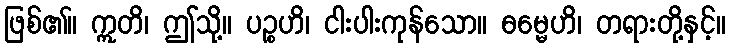
ဖြစ်၏။ ဣတိ၊ ဤသို့။ ပဉ္စဟိ၊ ငါးပါးကုန်သော။ ဓမ္မေဟိ၊ တရားတို့နှင့်။